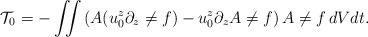
LaTeX: \begin{align*} \mathcal{T}_0 = -\iint \left(A(u_0^z \partial_z\ne{f})-u_0^z\partial_zA\ne{f}\right)A\ne{f}\,dVdt.\end{align*}